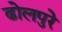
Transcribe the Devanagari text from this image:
ढोलपुरे